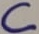
Text: C